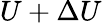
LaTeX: U+\Delta U